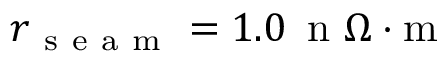
r _ { \mathrm { ~ s ~ e ~ a ~ m ~ } } = 1 . 0 \, \mathrm { ~ n ~ } \Omega \cdot \mathrm { m }